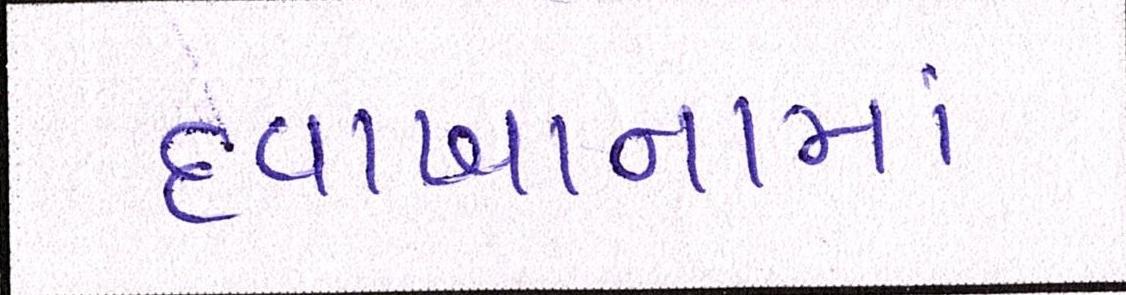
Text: દવાખાનામાં